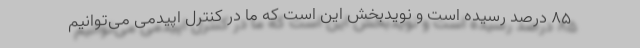
۸۵ درصد رسیده است و نویدبخش این است که ما در کنترل اپیدمی می‌توانیم